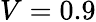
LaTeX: V=0.9